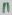
Text: 11